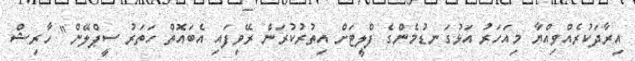
އިރާދަކުރެއްވިއްޔާ މިއަހަރު އަޅުގަނޑުމެންގެ ފްލީޓަށް އިތުރުކުރަން ރޭވިފައި އެބައޮތް ހަތަރު ސީޕްލޭން" ހާރިޝް